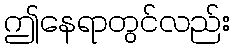
ဤနေရာတွင်လည်း